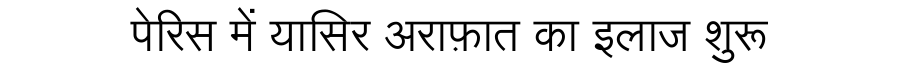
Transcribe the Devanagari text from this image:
पेरिस में यासिर अराफ़ात का इलाज शुरू